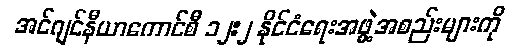
အင်ဂျင်နီယာကောင်စီ ၁၂:၂ နိုင်ငံရေးအဖွဲ့အစည်းများကို